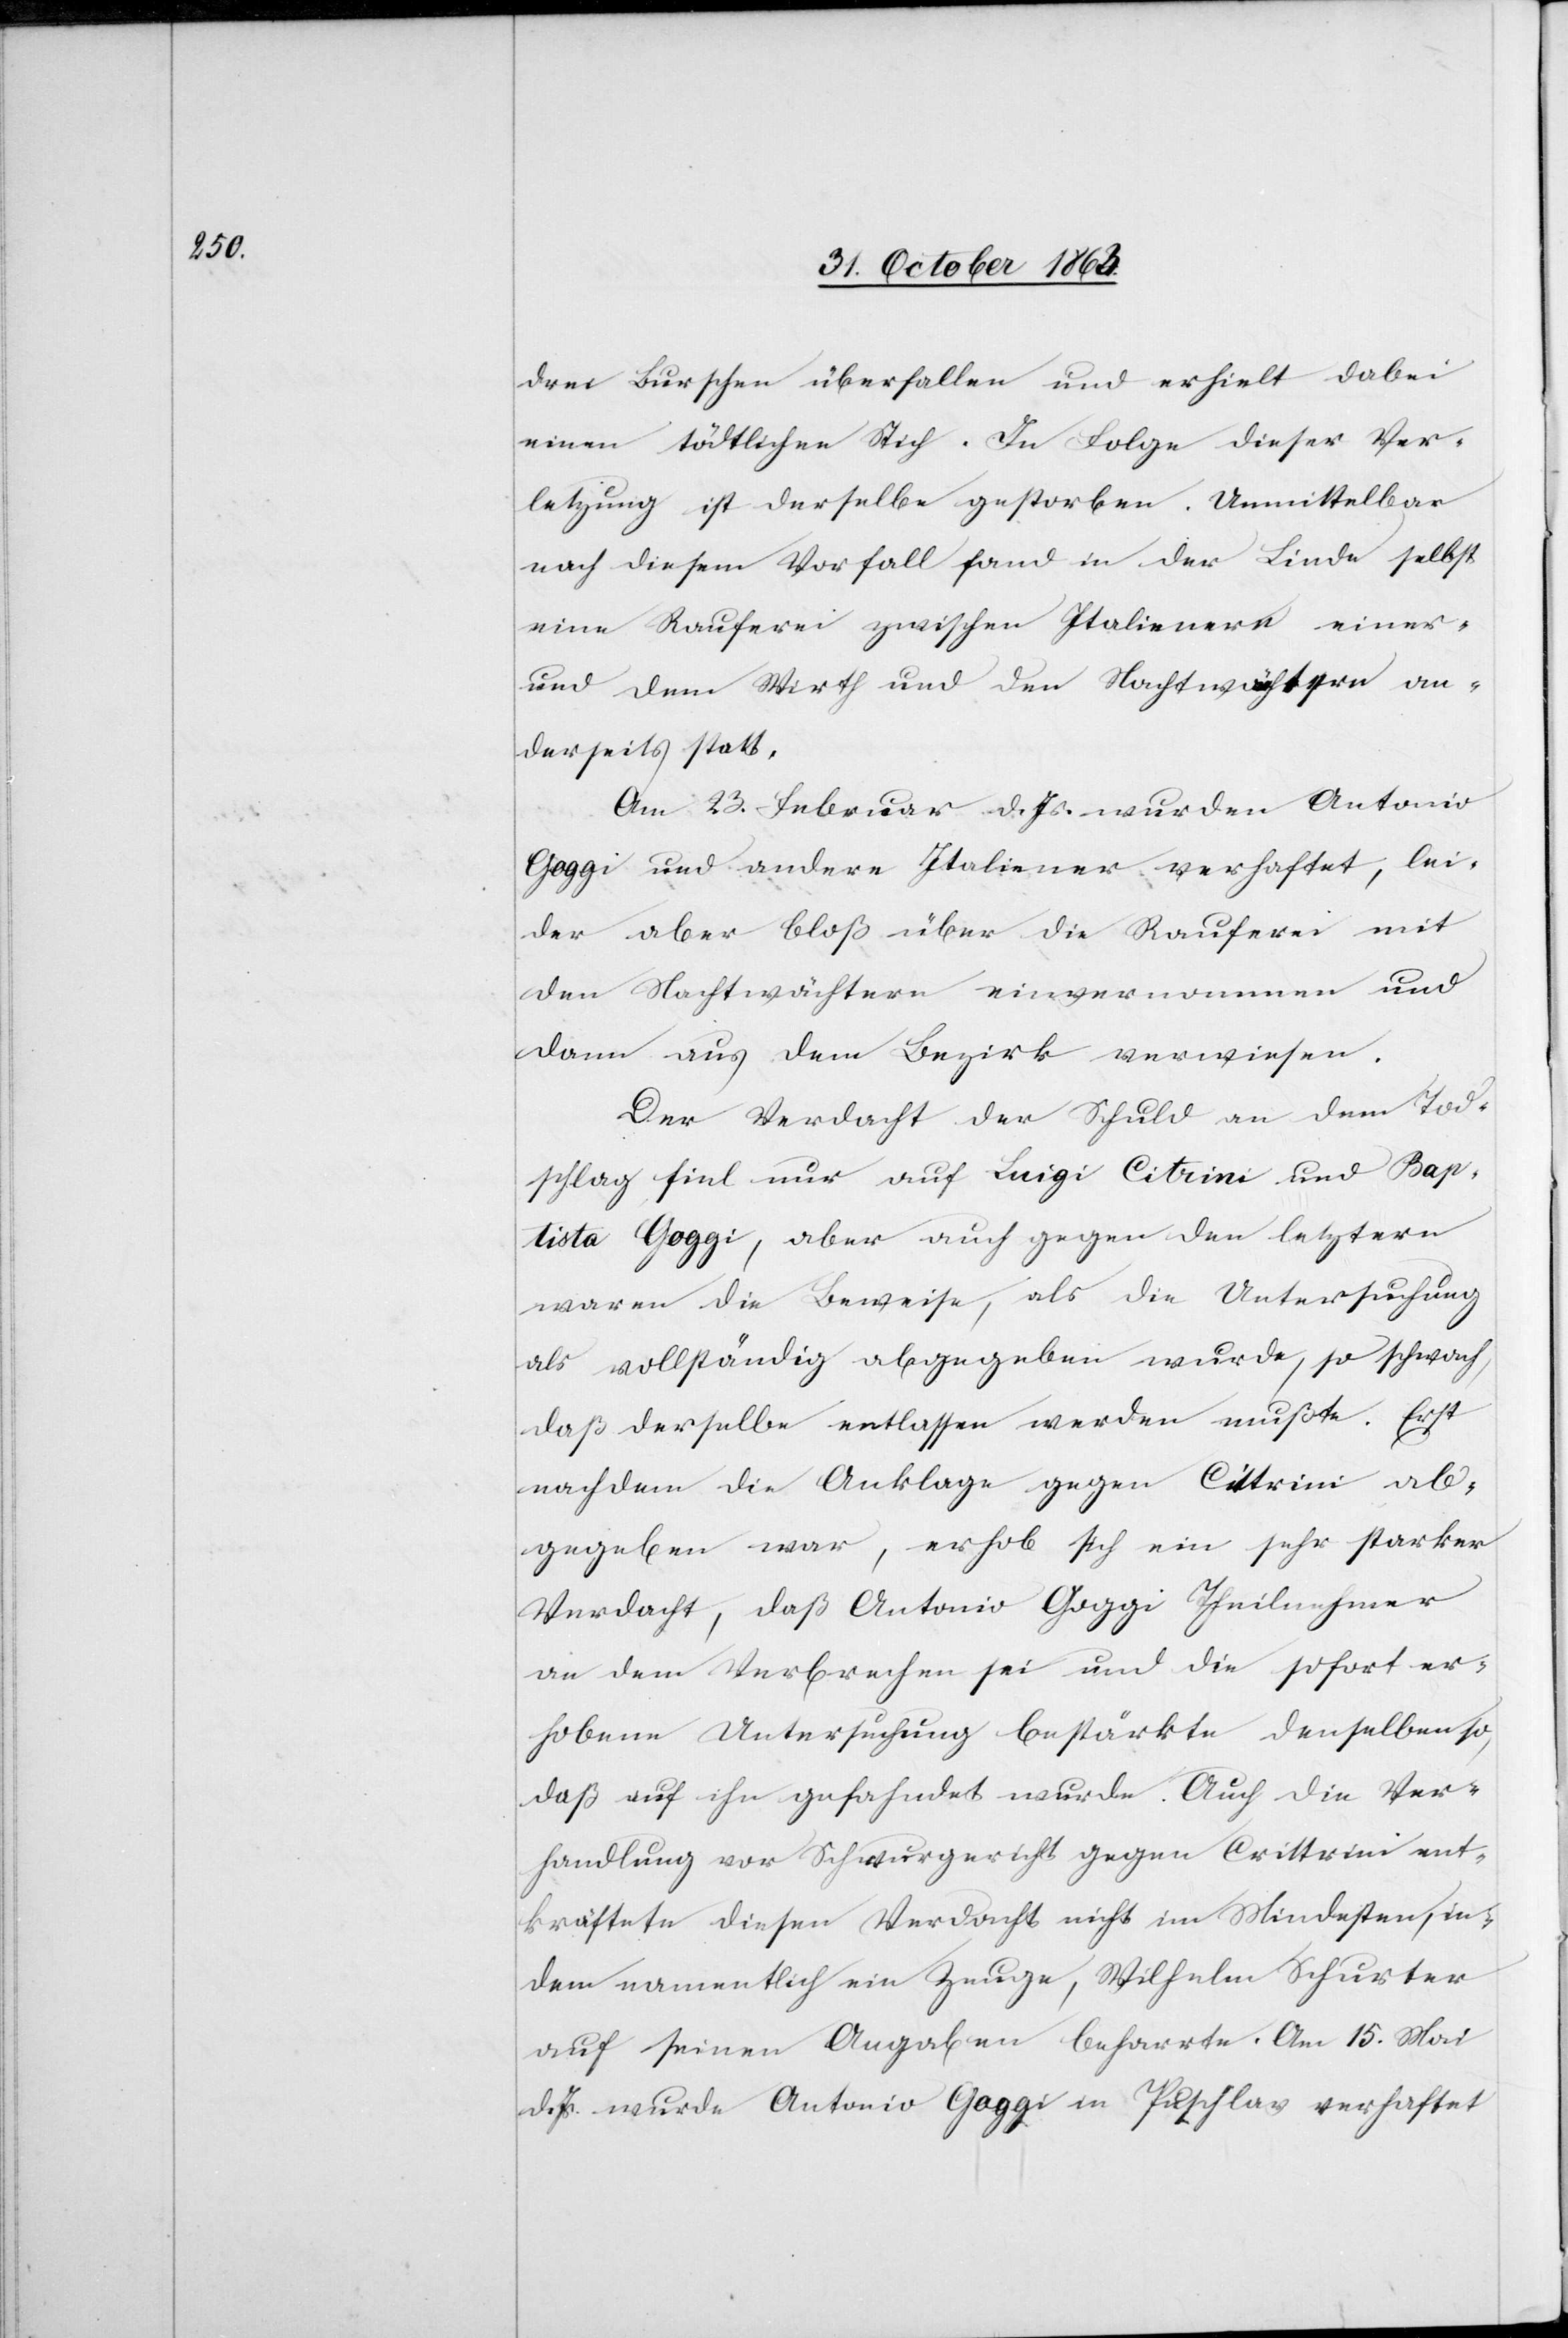
drei Burschen überfallen und erhielt dabei
einen tödtlichen Stich. In Folge dieser Ver¬
letzung ist derselbe gestorben. Unmittelbar
nach diesem Vorfall fand in der Linde selbst
eine Rauferei zwischen Italienern einer-
und dem Wirth und den Nachtwächtern an¬
derseits statt.
Am 23. Februar d. Js. wurden Antonio
Goggi und andere Italiener verhaftet, lei¬
der aber bloß über die Rauferei mit
den Nachtwächtern einvernommen und
dann aus dem Bezirk verwiesen.
Der Verdacht der Schuld an dem Tod¬
schlag fiel nur auf Luigi Citrini und Bap¬
tista Goggi, aber auch gegen den letztern
waren die Beweise, als die Untersuchung
als vollständig abgegeben wurde, so schwach,
daß derselbe entlassen werden mußte. Erst
nachdem die Anklage gegen Cittrini [sic!] ab¬
gegeben war, erhob sich ein sehr starker
Verdacht, daß Antonio Goggi Theilnehmer
an dem Verbrechen sei und die sofort er¬
hobene Untersuchung bestärkte denselben so,
daß auf ihn gefahndet wurde. Auch die Ver¬
handlung vor Schwurgericht gegen Crittrini [sic!] ent¬
kräftete diesen Verdacht nicht im Mindesten, in¬
dem namentlich ein Zeuge, Wilhelm Schurter
auf seinen Angaben beharrte. Am 15. Mai
d. Js. wurde Antonio Goggi im Puschlav verhaftet